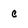
Character: c